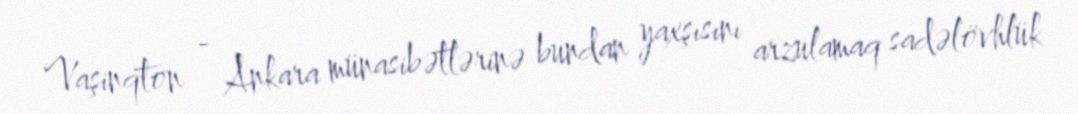
Vaşinqton - Ankara münasibətlərinə bundan yaxşısını arzulamaq sadəlövhlük